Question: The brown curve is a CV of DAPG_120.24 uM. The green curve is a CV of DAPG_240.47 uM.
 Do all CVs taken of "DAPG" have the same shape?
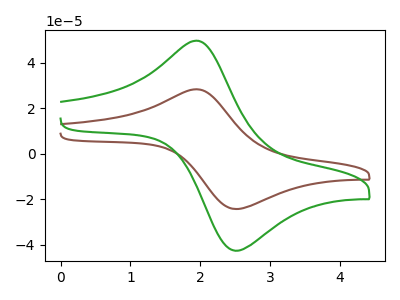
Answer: <think>The brown curve "DAPG_120.24 uM" has an anodic peak at (1.95V, 28.25uA) and a cathodic peak at (2.50V, -24.30uA). The green curve "DAPG_240.47 uM" has an anodic peak at (1.95V, 49.60uA) and a cathodic peak at (2.50V, -42.60uA).
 All the peaks in "DAPG_120.24 uM" have a peak in "DAPG_240.47 uM" at the same potential. Every peak in "DAPG_120.24 uM" is lower than every peak in "DAPG_240.47 uM".</think>
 <answer>All the CV's of "DAPG" have similar shape.</answer>
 <eval>follow_rule</eval>